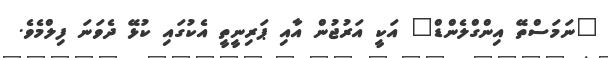
"ނަމަސްތޭ އިންގްލެންޑް" އަކީ އަރުޖުން އާއި ޕަރިނީތީ އެކުގައި ކުޅޭ ދެވަނަ ފިލްމެވެ.